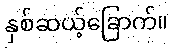
နှစ်ဆယ့်ခြောက်။